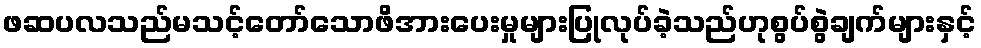
ဖဆပလသည်မသင့်တော်သောဖိအားပေးမှုများပြုလုပ်ခဲ့သည်ဟုစွပ်စွဲချက်များနှင့်